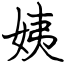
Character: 姨